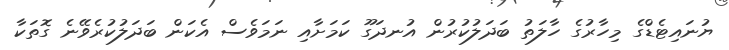
ޔުނައިޓެޑްގެ މިހާރުގެ ހާލަތު ބަދަލުކުރުން އުނދަގޫ ކަމަށާއި ނަމަވެސް އެކަން ބަދަލުކުރެވޭނެ ގޮތަކާ